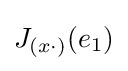
J_{(x\cdot )}(e_{1})